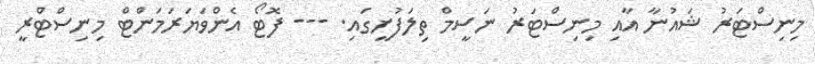
މިނިސްޓަރު ޝައުނާ އާއި މިނިސްޓަރު ނަސީމް ތިލަފުށީގައި. --- ފޮޓޯ އެންވަޔަރަމަންޓް މިނިސްޓްރީ